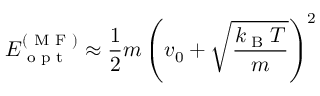
E _ { \textrm { o p t } } ^ { ( \textrm { M F } ) } \approx \frac { 1 } { 2 } m \left( v _ { 0 } + \sqrt { \frac { k _ { \textrm { B } } T } { m } } \right) ^ { 2 }